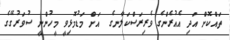
ތައްކޮށް އަދި އެއުރެންގެ ވެރިރަސްކަލާނގެ  އަށް މަޑުމޮޅިވީ މީހުންނީ ސުވަރުގޭގެ